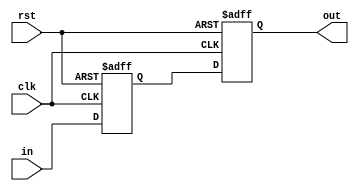

// time scale
`timescale 1ns/1ps

// no undeclared nets
//`default_nettype none

module DigitalCore_ClkCycleDelay(
        
        //---------------------------------------------------------------------------
        //  ports
        //---------------------------------------------------------------------------
        rst,
        clk,
        in,
        out
        //---------------------------------------------------------------------------        

    );
    parameter Width = 1;
	parameter DelayCycles = 2;

    //-----------------------------------------------------------------------------------
    //   I/O Wires
    //-----------------------------------------------------------------------------------
    input wire                                  rst;
    input wire                                  clk;
    input wire  [Width-1:0]                     in;
    output wire [Width-1:0]                     out;

	
    //-----------------------------------------------------------------------------------
    //  Genvars
    //-----------------------------------------------------------------------------------
    genvar i;
    //-----------------------------------------------------------------------------------
	
    //-----------------------------------------------------------------------------------
    //   Wires
    //-----------------------------------------------------------------------------------
    reg [Width-1:0] delayed_signal [0:DelayCycles];

    //-----------------------------------------------------------------------------------

    //-----------------------------------------------------------------------------------
    //   Assigns
    //-----------------------------------------------------------------------------------
    assign out = delayed_signal[DelayCycles];

    //-----------------------------------------------------------------------------------

    //-----------------------------------------------------------------------------------
    //    Flops
    //-----------------------------------------------------------------------------------
    always @(*) begin
        delayed_signal[0] <= in;
    end

    generate for (i = 1; i <= DelayCycles; i = i + 1) begin: delay_cycle_gen
        always @(posedge clk or posedge rst) begin
            if (rst) begin
                delayed_signal[i] <= {Width{1'b0}};
            end else begin
                delayed_signal[i] <= delayed_signal[i-1];
            end
        end
    end endgenerate

endmodule